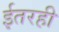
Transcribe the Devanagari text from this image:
ईतरही